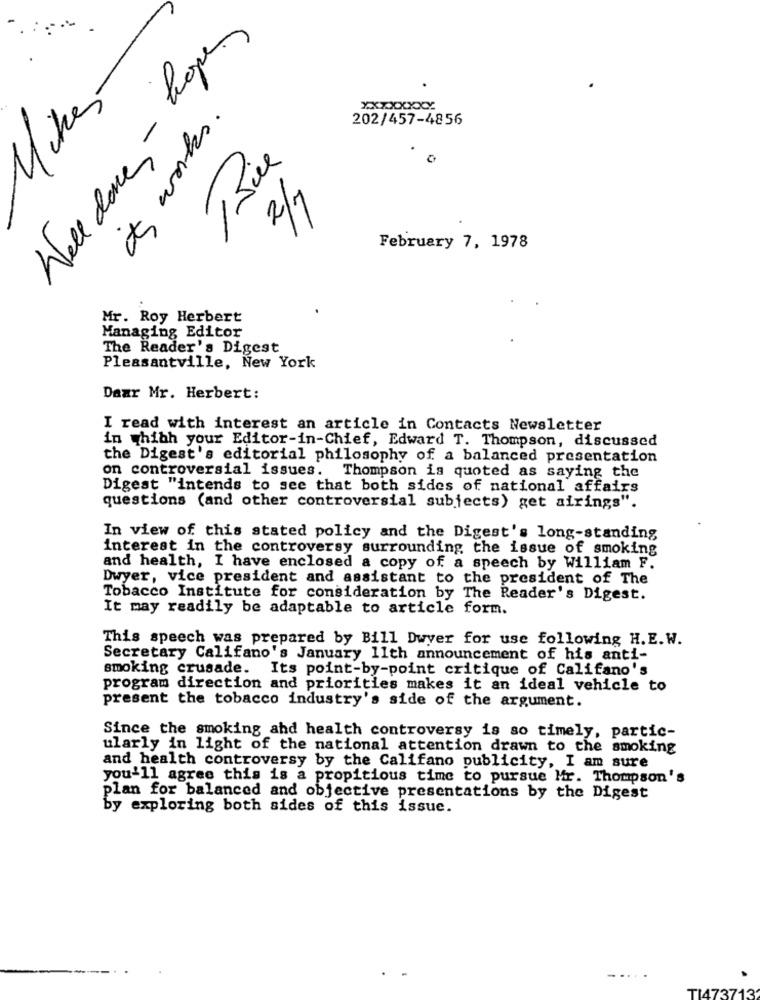
Well done - kopen
4ches
its works .
XXXXXXXX
202/457-4856
Bie
11
February 7, 1978
Mr. Roy Herbert
Managing Editor
The Reader's Digest
Pleasantville, New York
Dear Mr. Herbert:
I read with interest an article in Contacts Newsletter
in which your Editor-in-Chief, Edward T. Thompson, discussed
the Digest's editorial philosophy of a balanced presentation
on controversial issues.
Thompson is quoted as saying the
Digest "intends to see that both sides of national affairs
questions (and other controversial subjects) get airings".
In view of this stated policy and the Digest's long-standing
interest in the controversy surrounding the issue of smoking
and health, I have enclosed a copy of a speech by William F.
Dwyer, vice president and assistant to the president of The
Tobacco Institute for consideration by The Reader's Digest.
It may readily be adaptable to article form.
This speech was prepared by Bill Dwyer for use following H.E. W.
Secretary Califano's January 11th announcement of his anti-
smoking crusade. Its point-by-point critique of Califano's
program direction and priorities makes it an ideal vehicle to
present the tobacco industry's side of the argument.
Since the smoking and health controversy is so timely, partic-
ularly in light of the national attention drawn to the smoking
and health controversy by the Califano publicity, I am sure
you'll agree this is a propitious time to pursue Mr. Thompson's
plan for balanced and objective presentations by the Digest
by exploring both sides of this issue.
TIT